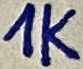
Text: 1K